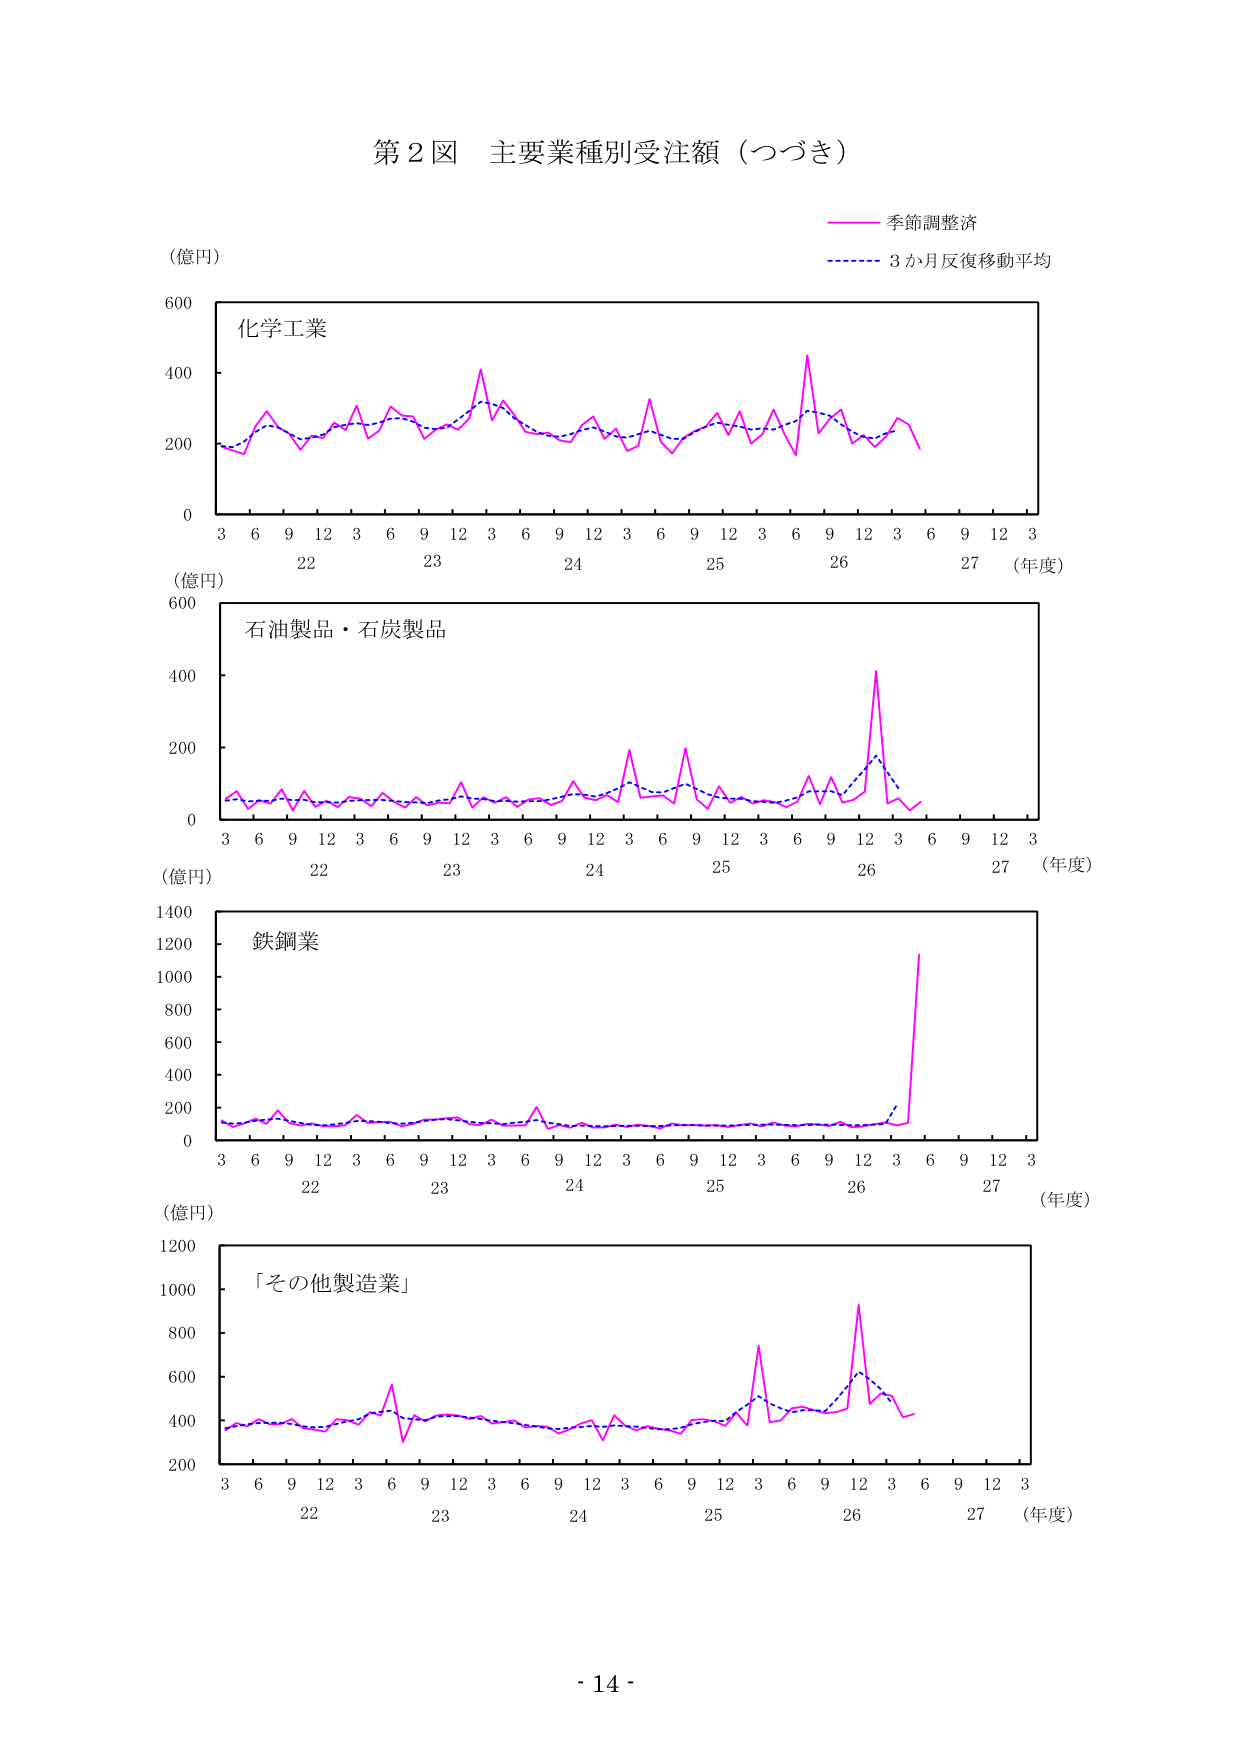
第２図 主要業種別受注額（つづき）

（億円）

季節調整済
3か月反復移動平均

化学工業

（年度）
3 6 9 12 3 6 9 12 3 6 9 12 3 6 9 12 3 6 9 12 3
22 23 24 25 26 27

石油製品・石炭製品

（年度）
3 6 9 12 3 6 9 12 3 6 9 12 3 6 9 12 3 6 9 12 3
22 23 24 25 26 27

鉄鋼業

（年度）
3 6 9 12 3 6 9 12 3 6 9 12 3 6 9 12 3 6 9 12 3
22 23 24 25 26 27

「その他製造業」

（年度）
3 6 9 12 3 6 9 12 3 6 9 12 3 6 9 12 3 6 9 12 3
22 23 24 25 26 27

- 14 -